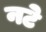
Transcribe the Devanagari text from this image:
नटे